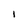
Character: 1